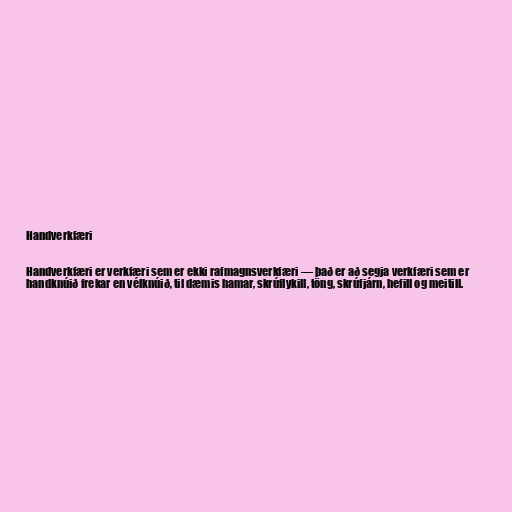
Handverkfæri

Handverkfæri er verkfæri sem er ekki rafmagnsverkfæri — það er að segja verkfæri sem er
handknúið frekar en vélknúið, til dæmis hamar, skrúflykill, töng, skrúfjárn, hefill og meitill.